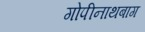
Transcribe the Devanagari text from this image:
गोपीनाथबाग